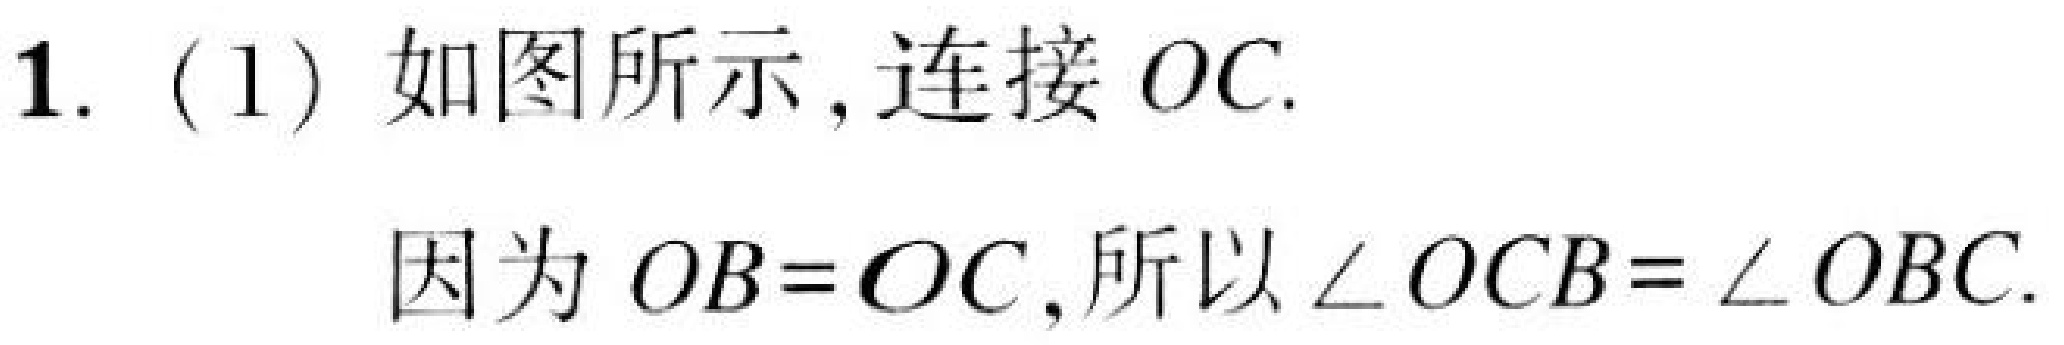
1. (1) 如图所示, 连接 \(OC\).
因为 \(OB = OC\), 所以 \(\angle OCB=\angle OBC\).